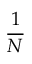
\frac { 1 } { N }